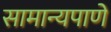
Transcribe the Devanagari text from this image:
सामान्यपाणे